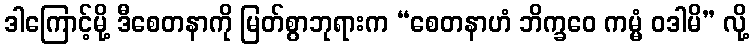
ဒါကြောင့်မို့ ဒီစေတနာကို မြတ်စွာဘုရားက “စေတနာဟံ ဘိက္ခဝေ ကမ္မံ ဝဒါမိ” လို့